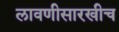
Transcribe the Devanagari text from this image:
लावणीसारखीच